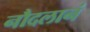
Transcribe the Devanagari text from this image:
नौदलानं